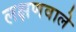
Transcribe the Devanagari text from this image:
लक्षणवाले